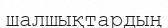
шалшықтардың